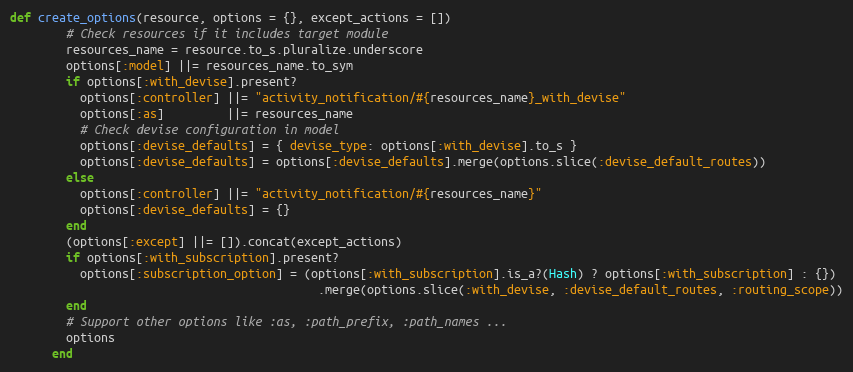
Language: Ruby
def create_options(resource, options = {}, except_actions = [])
        # Check resources if it includes target module
        resources_name = resource.to_s.pluralize.underscore
        options[:model] ||= resources_name.to_sym
        if options[:with_devise].present?
          options[:controller] ||= "activity_notification/#{resources_name}_with_devise"
          options[:as]         ||= resources_name
          # Check devise configuration in model
          options[:devise_defaults] = { devise_type: options[:with_devise].to_s }
          options[:devise_defaults] = options[:devise_defaults].merge(options.slice(:devise_default_routes))
        else
          options[:controller] ||= "activity_notification/#{resources_name}"
          options[:devise_defaults] = {}
        end
        (options[:except] ||= []).concat(except_actions)
        if options[:with_subscription].present?
          options[:subscription_option] = (options[:with_subscription].is_a?(Hash) ? options[:with_subscription] : {})
                                            .merge(options.slice(:with_devise, :devise_default_routes, :routing_scope))
        end
        # Support other options like :as, :path_prefix, :path_names ...
        options
      end